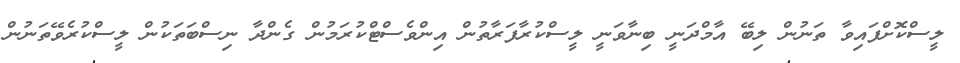
ލީސްކޮށްފައިވާ ތަނުން ލިބޭ އާމްދަނީ ބިނާވަނީ ލީސްކުރާފަރާތުން އިންވެސްޓްކުރަމުން ގެންދާ ނިސްބަތަކުން ލީސްކުރެވޭތަނުން